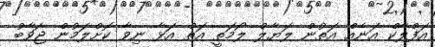
އަފްލާކް އަނެއް އަތުން ލަޔާލް ލޯމަތީ އަތް އަޅާ ނިވާ ކޮށްލަމުން ޖަވާބު